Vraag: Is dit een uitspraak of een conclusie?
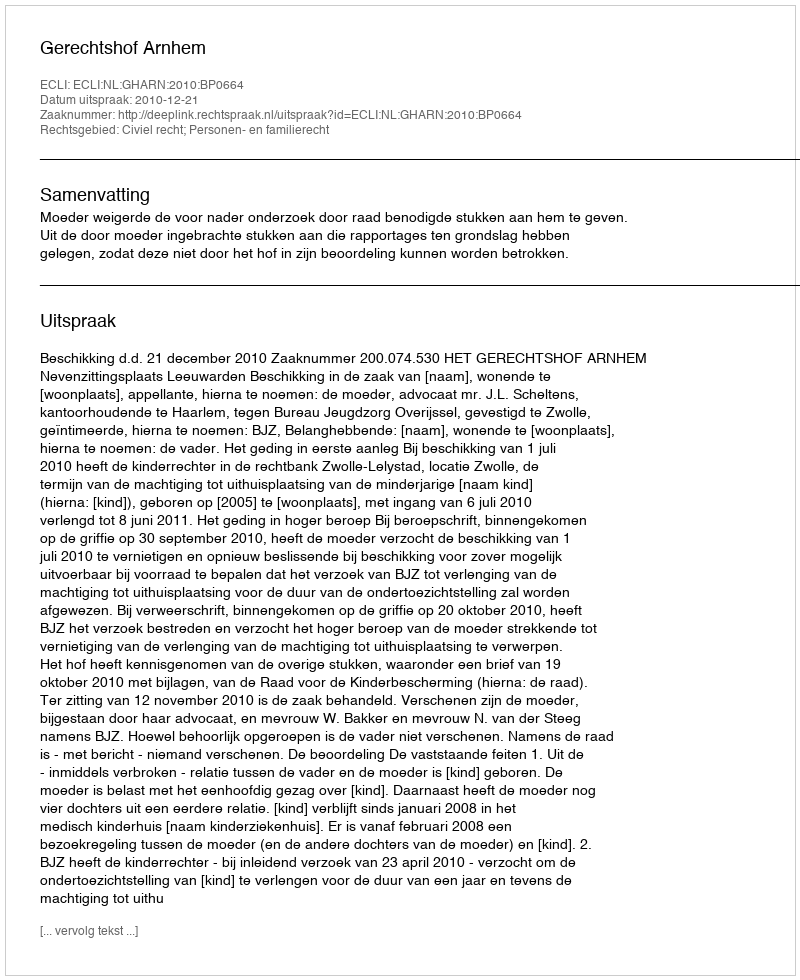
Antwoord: Uitspraak